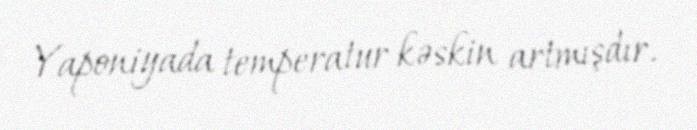
Yaponiyada temperatur kəskin artmışdır.